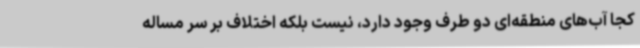
کجا آب‌های منطقه‌ای دو طرف وجود دارد، نیست بلکه اختلاف بر سر مساله